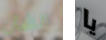
الشأن يا